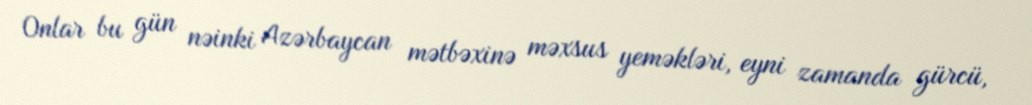
Onlar bu gün nəinki Azərbaycan mətbəxinə məxsus yeməkləri, eyni zamanda gürcü,